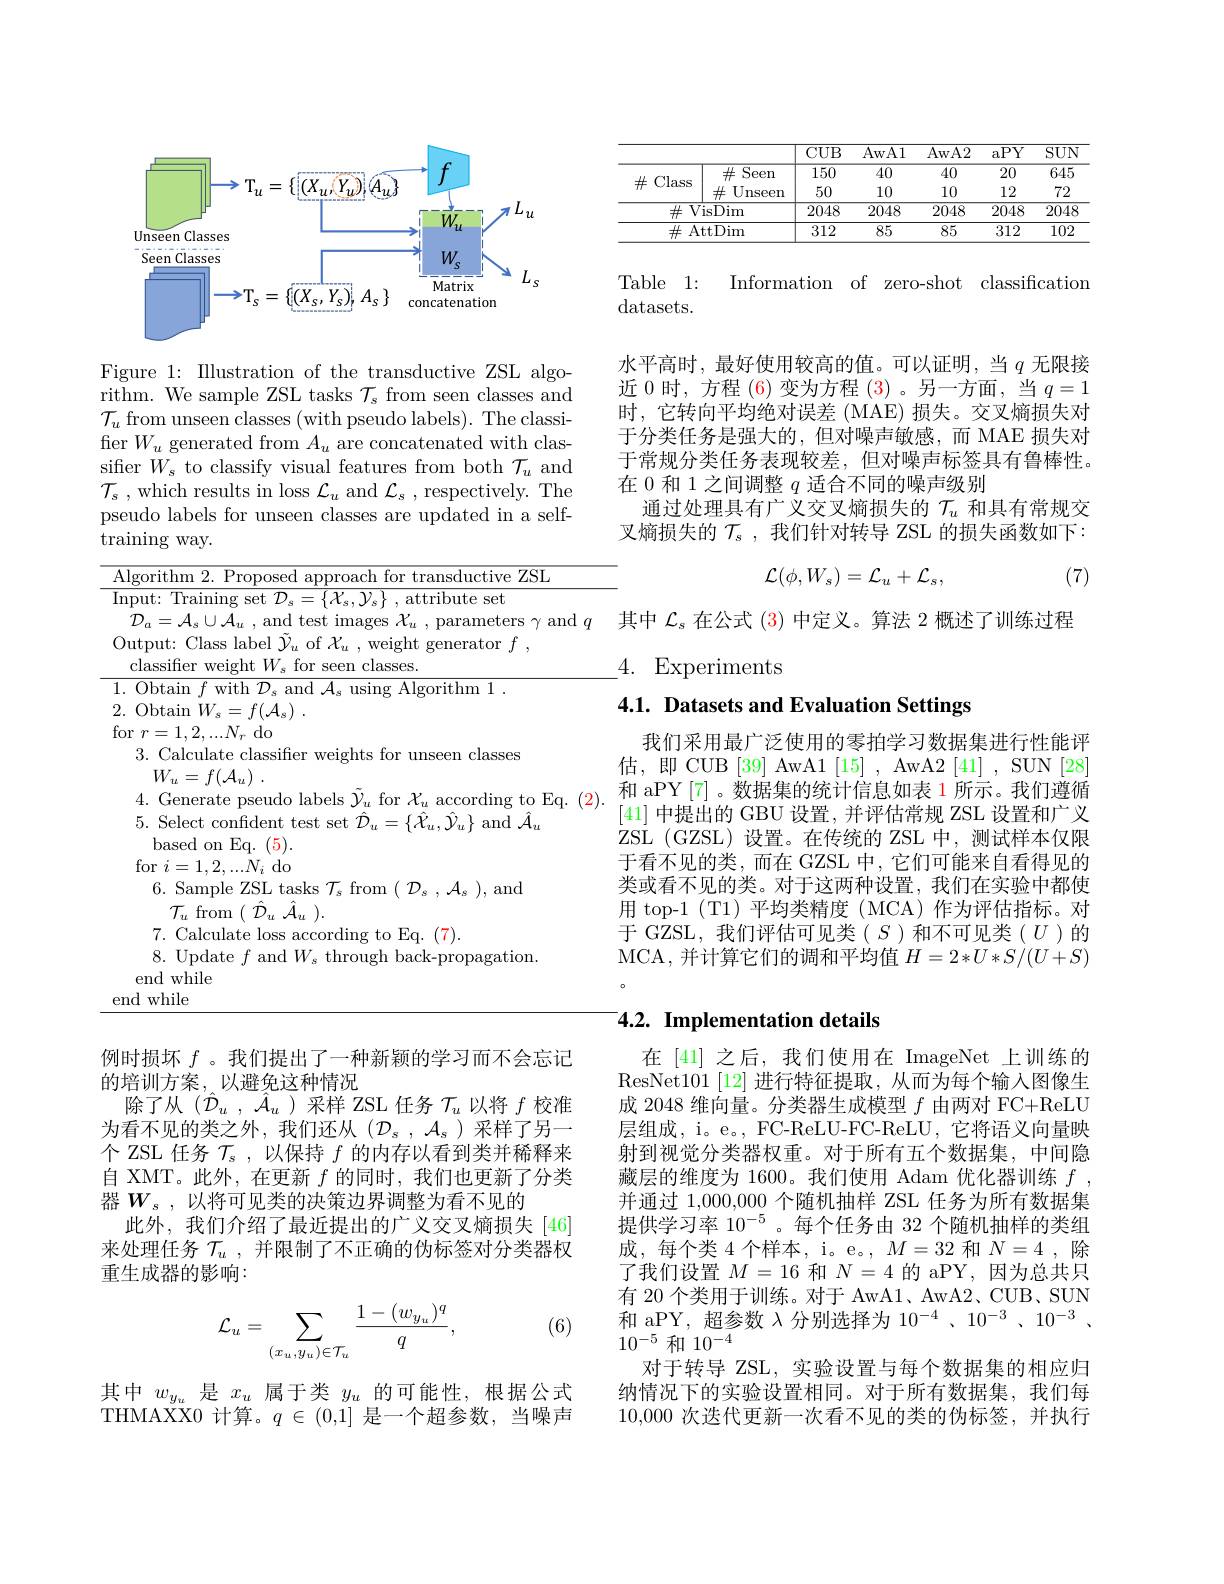
<FigureHere>

Figure 1: IIlustration of the transductive ZSL algorithm. We sample ZSL tasks $\mathcal{T}_s$ from seen classes and $\mathcal{T}_u$ from unseen classes (with pseudo labels). The classifier $W_u$ generated from $A_u$ are concatenated with classifier $W_s$ to classify visual features from both $\mathcal{T}_u$ and $\mathcal{T} _{s}$ ,which results in loss $\mathcal{L}_u$ and $\mathcal{L} _s$ ,respectively. The pseudo labels for unseen classes are updated in a selftraining way.

<table>
	<tbody>
		<tr>
			<td>$\overline{A}$</td>
			<td>ithm 7NT -1117P</td>
		</tr>
		<tr>
			<td>$\overline{\mathrm{In}}$</td>
			<td>Training set $\mathcal{D}_s=\left\{\mathcal{X}_{s},\mathcal{Y}_{s}\right\}$, attribute set ameters and</td>
		</tr>
		<tr>
			<td>0</td>
			<td>ut: Class label $\tilde{\mathcal{Y}}_{u}$ of $\mathcal{X}_{u}$,weight generator $f$, ssifier weight $W_{s}$ for seen classes.</td>
		</tr>
	</tbody>
</table>

例时损坏$f$ 。我们提出了一种新颖的学习而不会忘记
的培训方案，以避免这种情况
除了从($\hat{\mathcal{D}}_u,\hat{\mathcal{A}}_u$)采样 ZSL 任务$\mathcal{T}_u$以将$f$校准为看不见的类之外，我们还从($\mathcal{D}_s,\mathcal{A}_s)$采样了另一个 ZSL 任务$\mathcal{T}_s$,以保持$f$的内存以看到类并稀释来自 XMT。此外，在更新$f$的同时，我们也更新了分类器$W_s$,以将可见类的决策边界调整为看不见的
此外，我们介绍了最近提出的广义交叉熵损失[46] 来处理任务$\mathcal{T}_u$,并限制了不正确的伪标签对分类器权重生成器的影响：

(6)
$$\mathcal{L}_u=\sum_{(x_u,y_u)\in\mathcal{T}_u}\frac{1-(w_{y_u})^q}{q},$$
其中$w_{y_u}$ 是$x_u$ 属于类 $y_u$ 的可能性，根据公式THMAXX0 计算。$q\in(0,1]$是一个超参数，当噪声

<table>
	<tbody>
		<tr>
			<th> </th>
			<th> </th>
			<th>$CUB$</th>
			<th>AwA1</th>
			<th>AwA2</th>
			<th>aPY</th>
			<th>$\overline{\mathrm{SUN}}$</th>
		</tr>
		<tr>
			<td rowspan="2">$\#$Class</td>
			<td>Seen $\#$ $E:$</td>
			<td>150</td>
			<td>40</td>
			<td>$\overline{40}$</td>
			<td>20</td>
			<td>$\overline{645}$</td>
		</tr>
		<tr>
			<td>Unseen 井 </td>
			<td>50</td>
			<td>10</td>
			<td>10</td>
			<td>12</td>
			<td>72</td>
		</tr>
		<tr>
			<td>$\overline{\#\text{V}}$</td>
			<td>$\overline{\mathrm{isDim}}$</td>
			<td>$\overline{2048}$</td>
			<td>$\overline{2048}$</td>
			<td>2048</td>
			<td>$\overline{2048}$</td>
			<td>$\overline{2048}$</td>
		</tr>
		<tr>
			<td>$\#$A</td>
			<td>$\operatorname{ttDim}$</td>
			<td>312</td>
			<td>85</td>
			<td>85</td>
			<td>312</td>
			<td>102</td>
		</tr>
	</tbody>
</table>

Table 1:
Information of zero-shot classification
datasets.

水平高时，最好使用较高的值。可以证明，当$q$无限接近 0 时，方程 (6) 变为方程 (3)。另一方面，当$q=1$ 时，它转向平均绝对误差(MAE)损失。交叉熵损失对于分类任务是强大的，但对噪声敏感，而 MAE 损失对于常规分类任务表现较差，但对噪声标签具有鲁棒性。在 0 和 1 之间调整$q$适合不同的噪声级别
通过处理具有广义交叉熵损失的$\mathcal{T}_u$和具有常规交叉熵损失的$\mathcal{T}_\mathrm{s}$ ,我们针对转导 ZSL 的损失函数如下：
$$\mathcal{L}(\phi,W_s)=\mathcal{L}_u+\mathcal{L}_s,$$
(7)

其中$\mathcal{L}_s$在公式 (3) 中定义。算法 2 概述了训练过程
 4. Experiments

# 4.1. Datasets and Evaluation Settings

我们采用最广泛使用的零拍学习数据集进行性能评估，即 CUB [39] AwA1 [15] , AwA2 [41] , SUN [28] 和 aPY[7] 。数据集的统计信息如表 1 所示。我们遵循[41]中提出的 GBU 设置，并评估常规 ZSL 设置和广义ZSL (GZSL) 设置。在传统的 ZSL 中，测试样本仅限于看不见的类，而在 GZSL 中，它们可能来自看得见的类或看不见的类。对于这两种设置，我们在实验中都使用 top-1 (T1)平均类精度 (MCA)作为评估指标。对于 GZSL, 我们评估可见类($S$)和不可见类($U$)的MCA, 并 计 算 它 们 的 调 和 平 均 值 $H= 2* U* S/ ( U+ S)$

### $4. 2. \textbf{Implementation details}$

在[41] 之后，我们使用在 ImageNet 上训练的ResNet101[12]进行特征提取，从而为每个输入图像生成 2048 维向量。分类器生成模型$f$由两对 FC+ReLU 层组成，i。e。, FC-ReLU-FC-ReLU, 它将语义向量映射到视觉分类器权重。对于所有五个数据集，中间隐藏层的维度为 1600。我们使用 Adam 优化器训练$f$, 并通过 1,000,000 个随机抽样 ZSL 任务为所有数据集提供学习率 10$^{-5}$。每个任务由 32 个随机抽样的类组成，每个类 4 个样本，i。e。, $M=32$和$N=4$ ,除了我们设置$M=16$和$N=4$的 aPY,因为总共只有 20 个类用于训练。对于 AwA1、AwA2、CUB、SUN 和 aPY, 超参数$\lambda$分别选择为 10$^-4$ 、10$^{-3}$、10$^{-3}$、 $10^{-5}$和$10^-4$
对于转导 ZSL,实验设置与每个数据集的相应归纳情况下的实验设置相同。对于所有数据集，我们每10,000次迭代更新一次看不见的类的伪标签，并执行